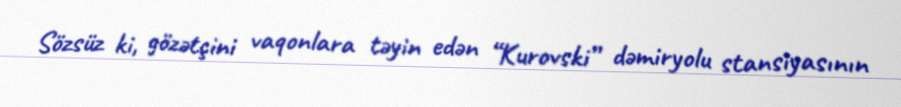
Sözsüz ki, gözətçini vaqonlara təyin edən “Kurovski” dəmiryolu stansiyasının